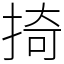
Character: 掎